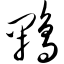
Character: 鹇